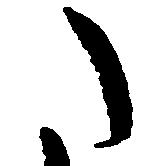
た